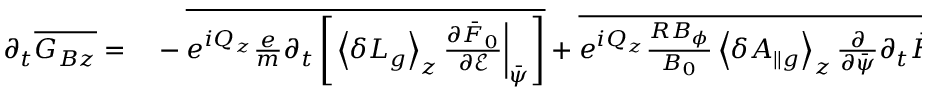
\begin{array} { r l } { \partial _ { t } \overline { { G _ { B z } } } = } & { { } - \overline { { e ^ { i Q _ { z } } \frac { e } { m } \partial _ { t } \left[ \left. \left\langle \delta L _ { g } \right\rangle _ { z } \frac { \partial \bar { F } _ { 0 } } { \partial \mathcal { E } } \right| _ { \bar { \psi } } \right] } } + \overline { { e ^ { i Q _ { z } } \frac { R B _ { \phi } } { B _ { 0 } } \left\langle \delta A _ { \| g } \right\rangle _ { z } \frac { \partial } { \partial \bar { \psi } } \partial _ { t } \bar { F } _ { 0 } } } + \left. \overline { { e ^ { i Q _ { z } } \left[ C _ { g } + \mathcal { S } \right] } } \right| _ { z } } \end{array}